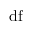
\mathrm { d f }